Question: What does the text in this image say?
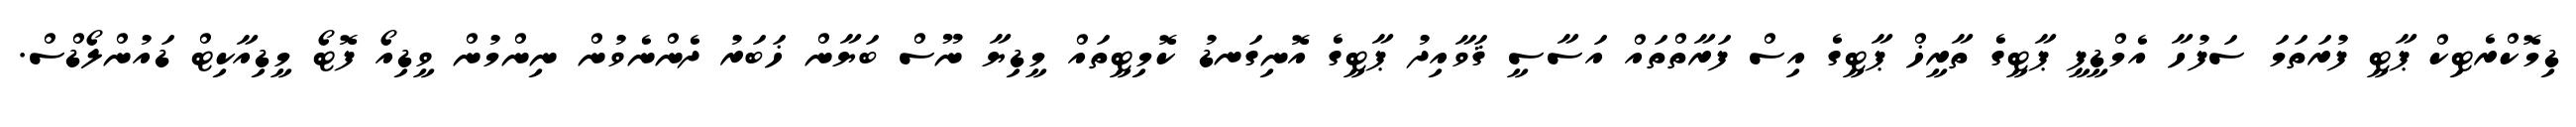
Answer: ޑިމޮކްރެޓިކް ޕާޓީ ފުރަތަމަ ސަފުހާ އެމްޑީޕީ ޕާޓީގެ ތާރީޚް ޕާޓީގެ އިސް ފަރާތްތައް އަސާސީ ޤަވާއިދު ޕާޓީގެ އޮނިގަނޑު ކޮމިޓީތައް މީޑިޔާ ނޫސް ބަޔާން ޚަބަރު ދެންނެވުން ނިންމުން ވީޑިއޯ ފޮޓޯ މީޑިއާކިޓް ޑައުންލޯޑްސް.